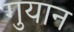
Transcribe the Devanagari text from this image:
गुयान